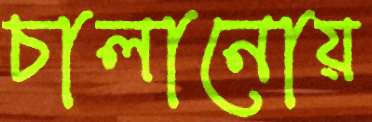
চালানোয়